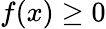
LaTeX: f(x)\geq 0